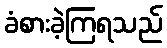
ခံစားခဲ့ကြရသည်